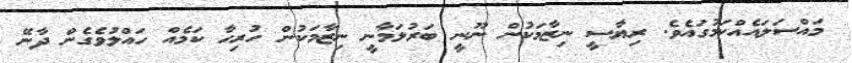
މައްސަލައެއްކަމުގައެވެ. ރިޔާސީ ނިޒާމަކުން ނޫނީ ބަރުލަމާނީ ނިޒާމަކުން ހުރިހާ ކަމެއް ހައްލުވެގެން ދާނޭ